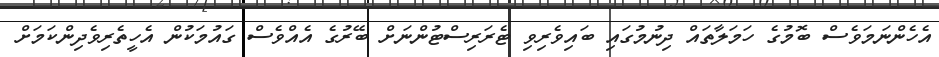
އެހެންނަމަވެސް ބޮމުގެ ހަމަލާތައް ދިނުމުގައި ބައިވެރިވި ޓެރަރިސްޓުންނަށް ބޭރުގެ އެއްވެސް ގައުމަކުން އެހީތެރިވެދިންކަމަށް